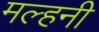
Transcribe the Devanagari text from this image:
मल्‍हनी